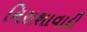
નિરાશાવાદી